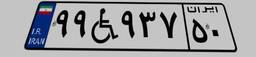
۹۹W۹۳۷۵۰